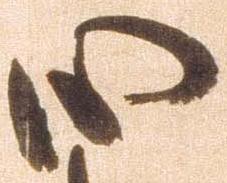
心